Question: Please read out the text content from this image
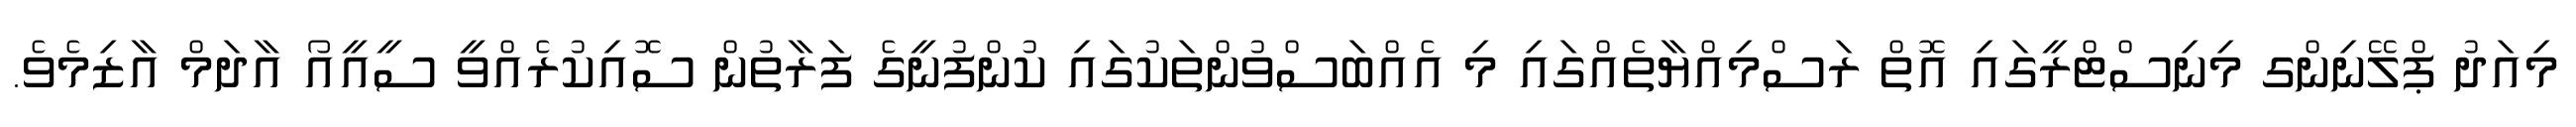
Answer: މިއަދު ޕްލޭނިންގ މިނިސްޓްރީގައި އޮތް ރަސްމިއްޔާތެއްގައި މި އެއްބަސްވުންތަކުގައި ކުންފުނީގެ ފަރާތުން ސޮއިކުރެއްވީ ސީއީއޯ އާދަމް އާޒިމެވެ.